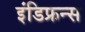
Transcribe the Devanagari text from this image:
इंडिफ्रन्स